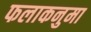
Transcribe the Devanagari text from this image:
फलाकनुमा